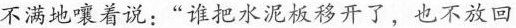
不满地嚷着说：”谁把水泥板移开了，也不放回